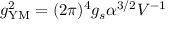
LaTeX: g _ { \mathrm { Y M } } ^ { 2 } = ( 2 \pi ) ^ { 4 } g _ { s } \alpha ^ { 3 / 2 } V ^ { - 1 }